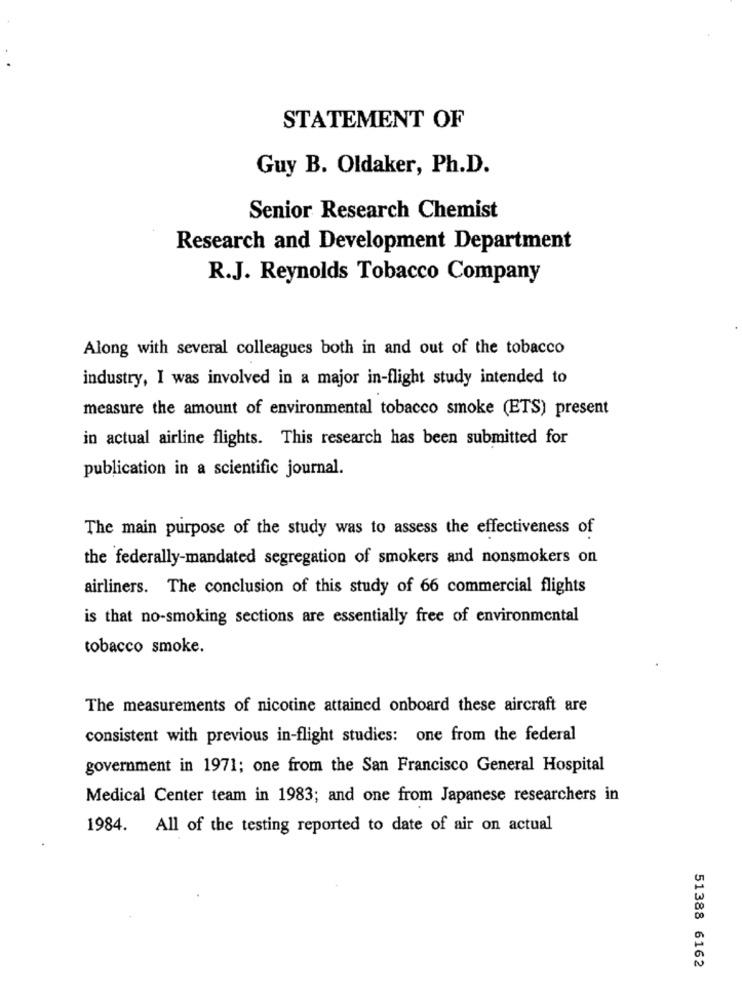
STATEMENT OF
Guy B. Oldaker, Ph.D.
Senior Research Chemist
Research and Development Department
R.J. Reynolds Tobacco Company
Along with several colleagues both in and out of the tobacco
industry, I was involved in a major in-flight study intended to
measure the amount of environmental tobacco smoke (ETS) present
in actual airline flights. This research has been submitted for
publication in a scientific journal.
The main purpose of the study was to assess the effectiveness of
the federally-mandated segregation of smokers and nonsmokers on
airliners. The conclusion of this study of 66 commercial flights
is that no-smoking sections are essentially free of environmental
tobacco smoke.
The measurements of nicotine attained onboard these aircraft are
consistent with previous in-flight studies: one from the federal
government in 1971; one from the San Francisco General Hospital
Medical Center team in 1983; and one from Japanese researchers in
1984. All of the testing reported to date of air on actual
51388 6162